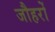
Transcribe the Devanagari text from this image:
जौहरों